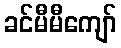
ခင်မီမီကျော်